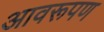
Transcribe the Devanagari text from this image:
आवरूपण